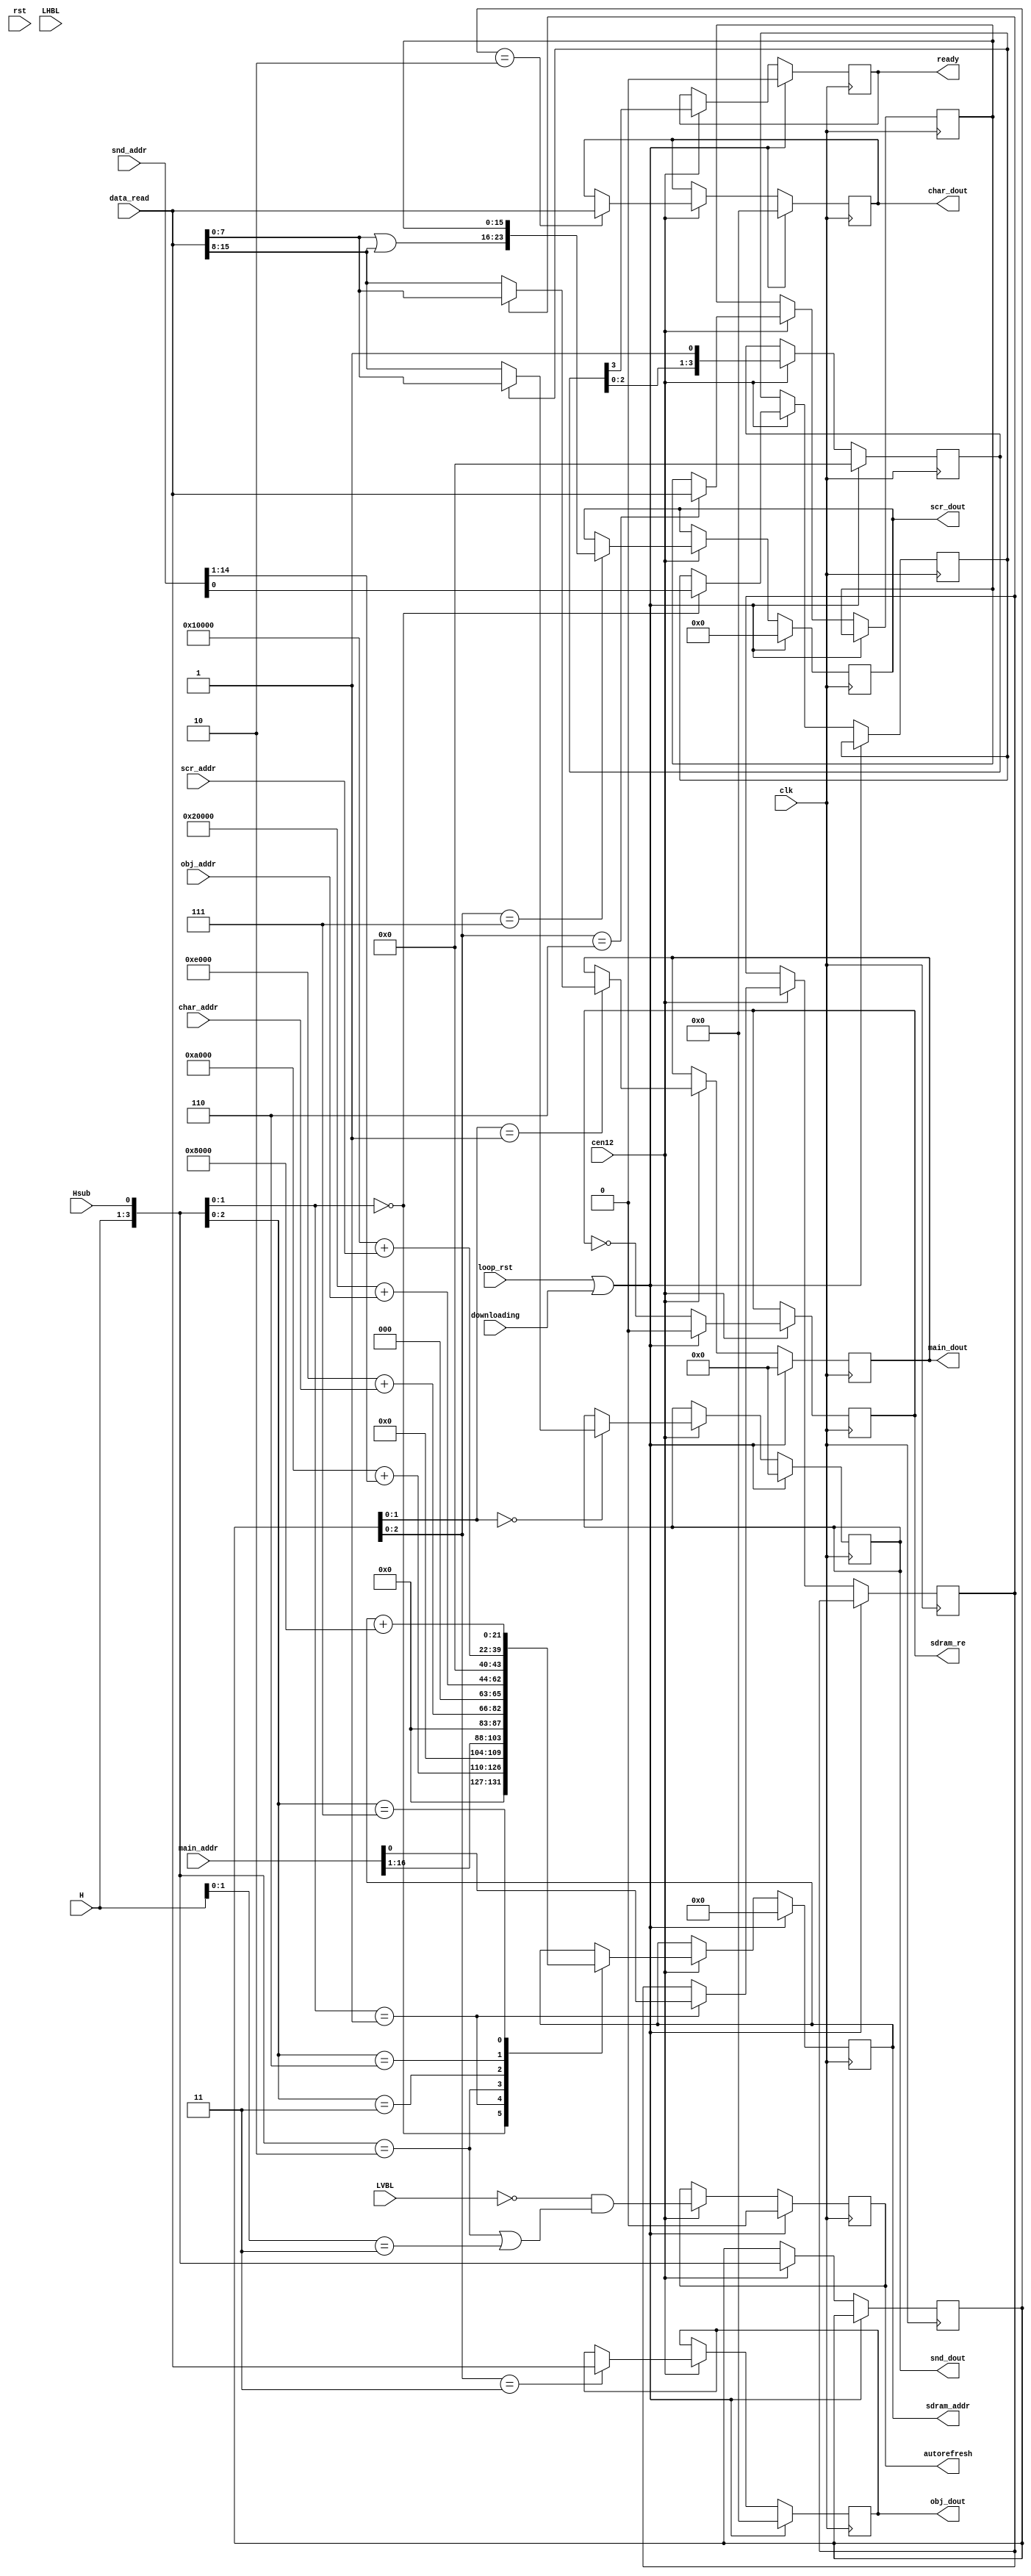
/*  This file is part of JT_GNG.
    JT_GNG program is free software: you can redistribute it and/or modify
    it under the terms of the GNU General Public License as published by
    the Free Software Foundation, either version 3 of the License, or
    (at your option) any later version.

    JT_GNG program is distributed in the hope that it will be useful,
    but WITHOUT ANY WARRANTY; without even the implied warranty of
    MERCHANTABILITY or FITNESS FOR A PARTICULAR PURPOSE.  See the
    GNU General Public License for more details.

    You should have received a copy of the GNU General Public License
    along with JT_GNG.  If not, see <http://www.gnu.org/licenses/>.

    Author: Jose Tejada Gomez. Twitter: @topapate
    Version: 1.0
    Date: 27-10-2017 */

module jtgng_rom(
    input               rst,
    input               clk, 
    input               cen12, // 12 MHz
    input       [ 2:0]  H,
    input               Hsub,
    input               LHBL,
    input               LVBL,
    output  reg         sdram_re, // any edge (rising or falling) 
        // means a read request

    input       [12:0]  char_addr,
    input       [16:0]  main_addr,
    input       [14:0]  snd_addr,
    input       [15:0]  obj_addr,
    input       [14:0]  scr_addr,

    output  reg [15:0]  char_dout,
    output  reg [ 7:0]  main_dout,
    output  reg [ 7:0]  snd_dout,
    output  reg [15:0]  obj_dout,
    output  reg [23:0]  scr_dout,
    output  reg         ready,
    // ROM interface
    input               downloading,
    input               loop_rst,
    output  reg         autorefresh,
    output  reg [21:0]  sdram_addr,
    input       [15:0]  data_read
);

wire [3:0] rd_state = { H, Hsub }; // +4'd1;

// H is used to align with the pixel transfers
// the SDRAM-read state machine will start at roughly pixel 0 (of each 8-pixel tuple)
// the difference in time is less than 1/2 clk24 cycle
// this avoids data coming at unexpected time.

reg  [15:0] scr_aux;
reg main_lsb, snd_lsb;

// Default values correspond to G&G
parameter  snd_offset = 22'h0A000;
parameter char_offset = 22'h0E000;
parameter  scr_offset = 22'h10000;
parameter scr2_offset = 22'h08000; // upper byte of each tile
parameter  obj_offset = 22'h20000;

localparam col_w = 9, row_w = 13;
localparam addr_w = 13, data_w = 16;

reg [3:0] ready_cnt;
reg [3:0] rd_state_last;

`ifdef SIMULATION
wire main_rq = rd_state[1:0] ==  2'b01;
wire  snd_rq = rd_state[2:0] == 3'b000;
wire  obj_rq = rd_state[2:0] == 3'b011;
`endif
wire char_rq = rd_state == 4'd2;
wire  scr_rq = rd_state[2:1] == 2'b11;

always @(posedge clk) if(cen12) begin
    if( loop_rst || downloading )
        sdram_re <= 1'b0;   // start strobing before ready signal
            // because first data must be read before that signal.
    else
        sdram_re <= ~sdram_re;
end

// 0, 8:        sound
// 1, 4, 9, 12: main
// 2            char
// 3, 11        obj
// 6, 14, 7, 15 scr

always @(posedge clk) 
if( loop_rst || downloading ) begin
    //rd_state    <= { H,1'b1 };
    autorefresh <= 1'b0;
    sdram_addr <= {(addr_w+col_w){1'b0}};
    snd_dout  <=  8'd0;
    main_dout <=  8'd0;
    char_dout <= 16'd0;
    obj_dout  <= 16'd0;
    scr_dout  <= 24'd0;
    ready_cnt <=  4'd0;    
    ready     <=  1'b0;
end else if(cen12) begin
    {ready, ready_cnt}  <= {ready_cnt, 1'b1};
    rd_state_last <= rd_state;
    // Get data from current read
    casez(rd_state_last) // I hope the -4'd1 gets re-encoded in the
        // case list, rather than getting implemented as an actual adder
        // but it depends on how good the synthesis tool is.
        // Anyway, the idea is that we get the data for the last address
        // requested but rd_state has already gone up by 1, that's why
        // we need this
        4'b??00: snd_dout  <=  !snd_lsb ? data_read[15:8] : data_read[ 7:0];
        4'b??01: main_dout <= !main_lsb ? data_read[15:8] : data_read[ 7:0];
        4'b0010: char_dout <= data_read;
        4'b?011: obj_dout  <= data_read;
        4'b?110: scr_aux   <= data_read; // coding: z - y - x bytes as in G&G schematics
        4'b?111: scr_dout  <= { data_read[7:0] | data_read[15:8], scr_aux }; // for the upper byte, it doesn't matter which half of the word was used, as long as one half is zero.
        default:;
    endcase
    casez(rd_state)
        4'b??00: begin
            sdram_addr <= snd_offset + { 8'b0,  snd_addr[14:1] }; // 14:0
            snd_lsb <= snd_addr[0];
        end
        4'b??01: begin
            sdram_addr <= { 6'd0, main_addr[16:1] }; // 16:0
            main_lsb <= main_addr[0];
        end
        4'b0010: sdram_addr <= char_offset + { 9'b0, char_addr }; // 12:0
        4'b?011: sdram_addr <=  obj_offset + { 6'b0,  obj_addr }; // 15:0
        4'b?110: sdram_addr <=  scr_offset + { 6'b0,  scr_addr }; // 14:0 B/C ROMs
        4'b?111: sdram_addr <=  sdram_addr + scr2_offset; // scr_addr E ROMs
        default:;
    endcase 
    autorefresh <= !LVBL && (char_rq || scr_rq); // rd_state==4'd14;
end

endmodule // jtgng_rom